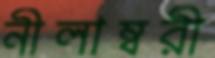
নীলাম্বরী